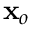
\mathbf { x } _ { o }